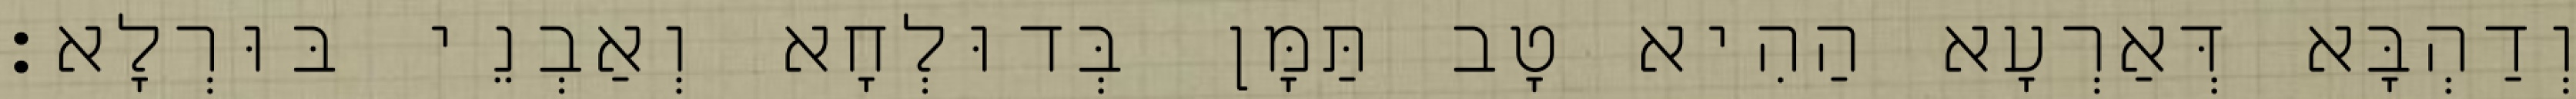
וְדַהְבָּא דְּאַרְעָא הַהִיא טָב תַּמָּן בְּדוּלְחָא וְאַבְנֵי בּוּרְלָא׃